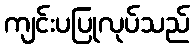
ကျင်းပပြုလုပ်သည်